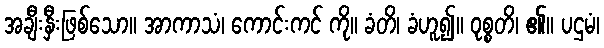
အချီးနှီးဖြစ်သော။ အာကာသံ၊ ကောင်းကင် ကို။ ခံတိ၊ ခံဟူ၍။ ဝုစ္စတိ၊ ၏။ ပဌမံ၊